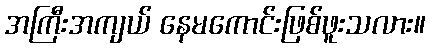
အကြီးအကျယ် နေမကောင်းဖြစ်ဖူးသလား။